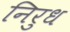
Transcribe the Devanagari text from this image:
निरुध